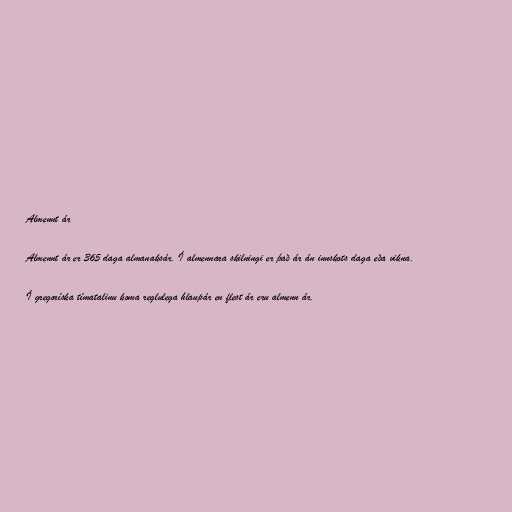
Almennt ár

Almennt ár er 365 daga almanaksár. Í almennara skilningi er það ár án innskots daga eða vikna.

Í gregoríska tímatalinu koma reglulega hlaupár en flest ár eru almenn ár.